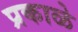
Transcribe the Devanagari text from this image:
प्रकाळे